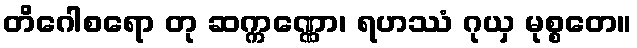
တိဂေါစရော တု ဆက္ကဏ္ဏော၊ ရဟဿံ ဂုယှ မုစ္စတေ။